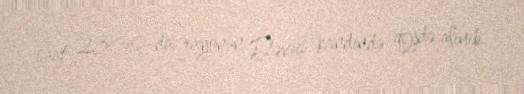
saat 23:30-da, rayonun Dəvəçi kəndində qeydə alınıb.